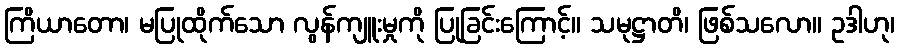
ကြိယာတော၊ မပြုထိုက်သော လွန်ကျူးမှုကို ပြုခြင်းကြောင့်။ သမုဋ္ဌာတိ၊ ဖြစ်သလော။ ဥဒါဟု၊